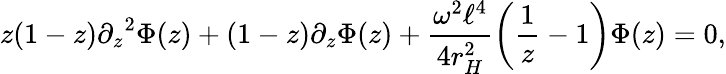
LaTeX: z(1-z){\partial_{z}}^{2}\Phi(z)+(1-z)\partial_{z}\Phi(z)+\frac{\omega^{2}\ell^{4}}{4r_{H}^{2}}\left(\frac{1}{z}-1\right)\Phi(z)=0,